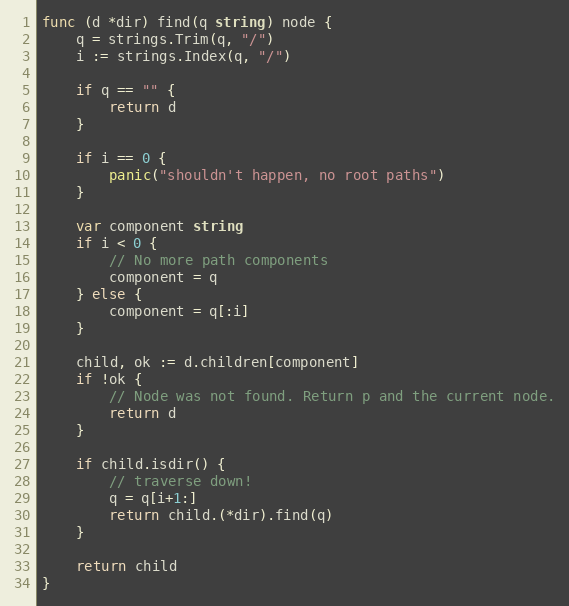
Language: Go
func (d *dir) find(q string) node {
	q = strings.Trim(q, "/")
	i := strings.Index(q, "/")

	if q == "" {
		return d
	}

	if i == 0 {
		panic("shouldn't happen, no root paths")
	}

	var component string
	if i < 0 {
		// No more path components
		component = q
	} else {
		component = q[:i]
	}

	child, ok := d.children[component]
	if !ok {
		// Node was not found. Return p and the current node.
		return d
	}

	if child.isdir() {
		// traverse down!
		q = q[i+1:]
		return child.(*dir).find(q)
	}

	return child
}